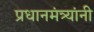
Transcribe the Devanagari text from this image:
प्रधानमंत्र्यांनी